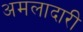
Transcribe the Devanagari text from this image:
अमलादारी